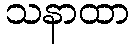
သနာထာ